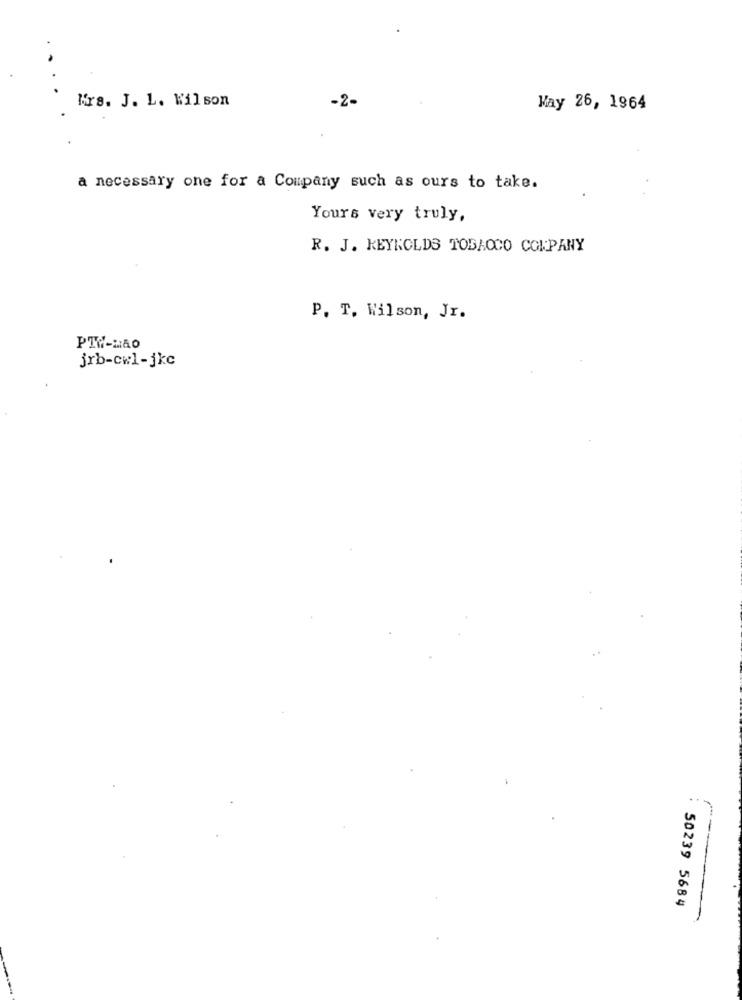
Mrs. J. L. Wilson
-2-
May 26, 1964
a necessary one for a Company such as ours to take.
Yours very truly,
R. J. REYNOLDS TOBACCO COMPANY
P. T. Wilson, Jr.
PTW-Não
jrb-cwl-jkc
...
50239 5684